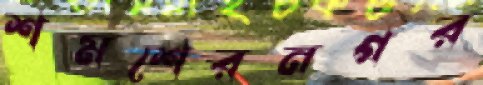
শমশেরনগর